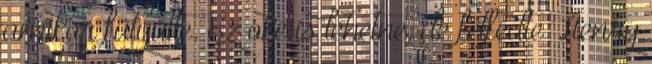
amikor fütyülte. Ez oké is lehetne, de felfedte Henry